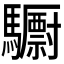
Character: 𮪝